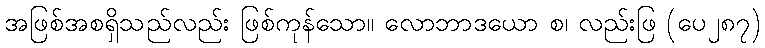
အဖြစ်အစရှိသည်လည်း ဖြစ်ကုန်သော။ လောဘာဒယော စ၊ လည်းဖြ (ပေ၂၈၇)